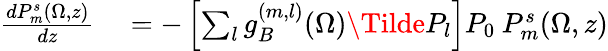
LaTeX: \begin{array}{rl}{\frac{dP_{m}^{s}(\Omega,z)}{dz}}&{{}=-\left[\sum_{l}g_{B}^{(m,l)}(\Omega)\Tilde{P}_{l}\right]P_{0}\: P_{m}^{s}(\Omega,z)}\end{array}